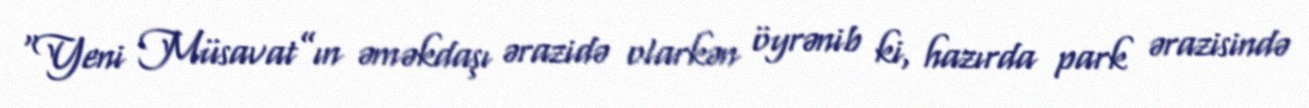
“Yeni Müsavat”ın əməkdaşı ərazidə olarkən öyrənib ki, hazırda park ərazisində